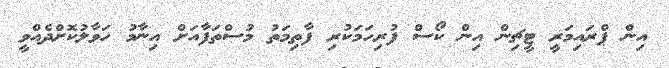
އިން ޕްރައިމަރީ ޓީޗިން އިން ކޯސް ފުރިހަމަކުރި ފާތިމަތު މުސްތަފާއަށް އިނާމު ހަވާލުކޮށްދެއްވީ